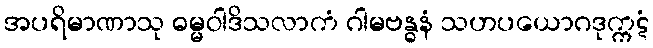
အပရိမာဏာသု ဓမ္မဝါဒိသလာကံ ဂါမဗန္ဓနံ သဟပယောဂဒုက္ကဋံ